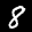
Label: 8